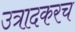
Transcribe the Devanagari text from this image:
उत्रादकरच